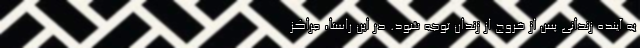
به آینده زندانی پس از خروج از زندان توجه شود. در این راستا، مراکز